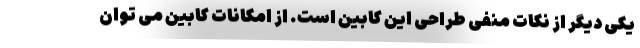
یکی دیگر از نکات منفی طراحی این کابین است. از امکانات کابین می توان